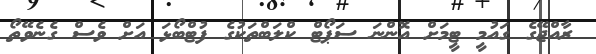
ރާއްޖޭގެ ގައުމީ ޓީމަށް އޮންނަ ސަޕޯޓް ކްލަބްތަކުގެ ފުޓްބޯޅަ އަށް ވެސް ގެނެވޭތޯ